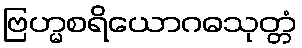
ဗြဟ္မစရိယောဂဓသုတ္တံ